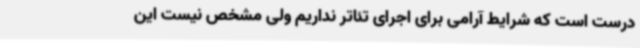
درست است که شرایط آرامی برای اجرای تئاتر نداریم ولی مشخص نیست این